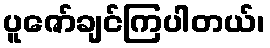
ပူဇော်ချင်ကြပါတယ်၊